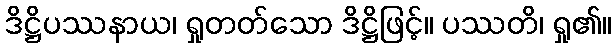
ဒိဋ္ဌိပဿနာယ၊ ရှုတတ်သော ဒိဋ္ဌိဖြင့်။ ပဿတိ၊ ရှု၏။